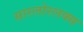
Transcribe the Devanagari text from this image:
सारलोरलक्स